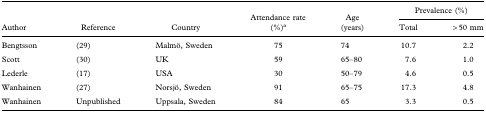
<table><thead><tr><td></td><td></td><td></td><td></td><td></td><td colspan="2"><b>Prevalence (%)</b></td></tr><tr><td><b>Author</b></td><td><b>Reference</b></td><td><b>Country</b></td><td><b>Attendance rate(%)<sup>a</sup></b></td><td><b>Age(years)</b></td><td><b>Total</b></td><td><b>&gt; 50 mm</b></td></tr></thead><tbody><tr><td>Bengtsson</td><td>(29)</td><td>Malmö, Sweden</td><td>75</td><td>74</td><td>10.7</td><td>2.2</td></tr><tr><td>Scott</td><td>(30)</td><td>UK</td><td>59</td><td>65–80</td><td>7.6</td><td>1.0</td></tr><tr><td>Lederle</td><td>(17)</td><td>USA</td><td>30</td><td>50–79</td><td>4.6</td><td>0.5</td></tr><tr><td>Wanhainen</td><td>(27)</td><td>Norsjö, Sweden</td><td>91</td><td>65–75</td><td>17.3</td><td>4.8</td></tr><tr><td>Wanhainen</td><td>Unpublished</td><td>Uppsala, Sweden</td><td>84</td><td>65</td><td>3.3</td><td>0.5</td></tr></tbody></table>